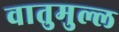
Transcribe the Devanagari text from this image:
वातुमुल्ल